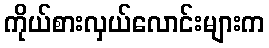
ကိုယ်စားလှယ်လောင်းများက